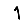
Digit: 1